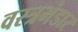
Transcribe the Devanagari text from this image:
वस्त्रभंडार